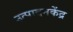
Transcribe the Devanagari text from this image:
उत्पादनकेंद्र